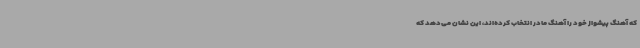
که آهنگ پیشواز خود را آهنگ مادر انتخاب کرده‌اند، این نشان می‌دهد که